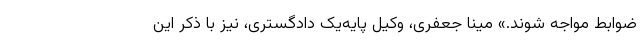
ضوابط مواجه شوند.» مینا جعفری، وکیل پایه‌یک دادگستری، نیز با ذکر این